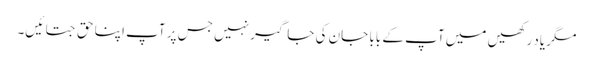
مگر یاد رکھیں میں آپ کے بابا جان کی جاگیر نہیں جس پر آپ اپنا حق جتائیں۔